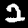
Digit: 2